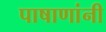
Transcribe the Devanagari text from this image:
पाषाणांनी